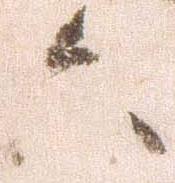
六